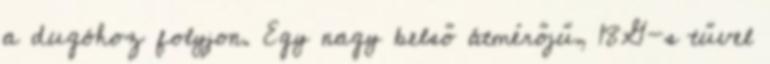
a dugóhoz folyjon. Egy nagy belső átmérőjű, 18G-s tűvel